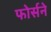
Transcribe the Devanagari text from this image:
फोर्सने